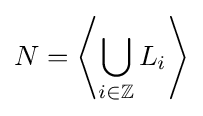
N=\left\langle \bigcup _{i\in \mathbb {Z} }L_{i}\right\rangle